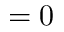
= 0